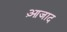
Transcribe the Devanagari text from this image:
आ़जाद